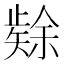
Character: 𮀉